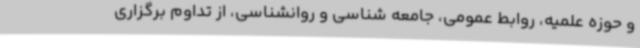
و حوزه علمیه، روابط عمومی، جامعه شناسی و روانشناسی، از تداوم برگزاری